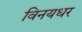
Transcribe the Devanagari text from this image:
विनयधर